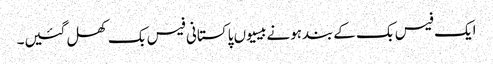
ایک فیس بک کےبندہونےبیسیوں پاکستانی فیس بک کھل گئیں۔